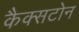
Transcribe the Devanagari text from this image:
कैक्सटोन